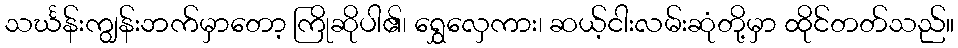
သင်္ဃန်းကျွန်းဘက်မှာတော့ ကြိုဆိုပါ၏၊ ရွှေလှေကား၊ ဆယ့်ငါးလမ်းဆုံတို့မှာ ထိုင်တတ်သည်။